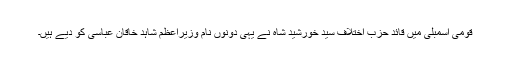
قومی اسمبلی میں قائد حزب اختلاف سید خورشید شاہ نے یہی دونوں نام وزیراعظم شاہد خاقان عباسی کو دیے ہیں۔